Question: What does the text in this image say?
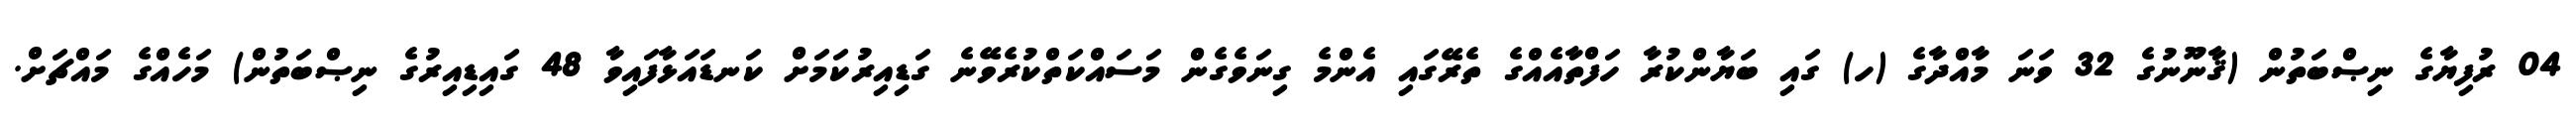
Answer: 04 ރުފިޔާގެ ނިޞްބަތުން (ޤާނޫނުގެ 32 ވަނަ މާއްދާގެ (ހ) ގައި ބަޔާންކުރާ ހަފްތާއެއްގެ ތެރޭގައި އެންމެ ގިނަވެގެން މަސައްކަތްކުރެވޭނެ ގަޑިއިރުކަމަށް ކަނޑައަޅާފައިވާ 48 ގައިޑިއިރުގެ ނިޞްބަތުން) މަހެއްގެ މައްޗަށް.